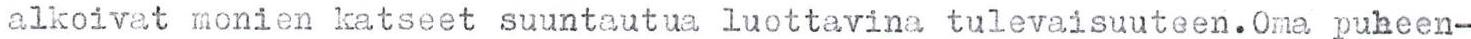
alkoivat monien katseet suuntautua luottavina tulevaisuuteen. Oma puheen-